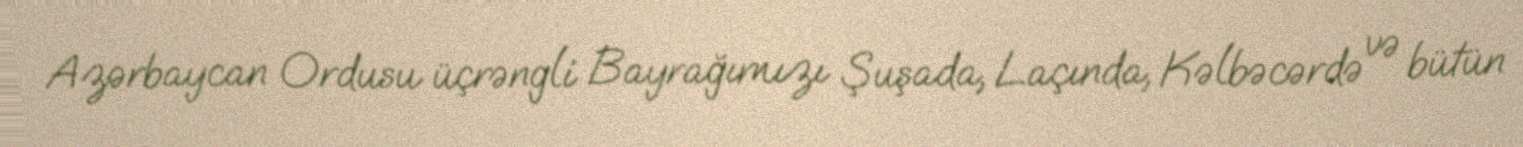
Azərbaycan Ordusu üçrəngli Bayrağımızı Şuşada, Laçında, Kəlbəcərdə və bütün